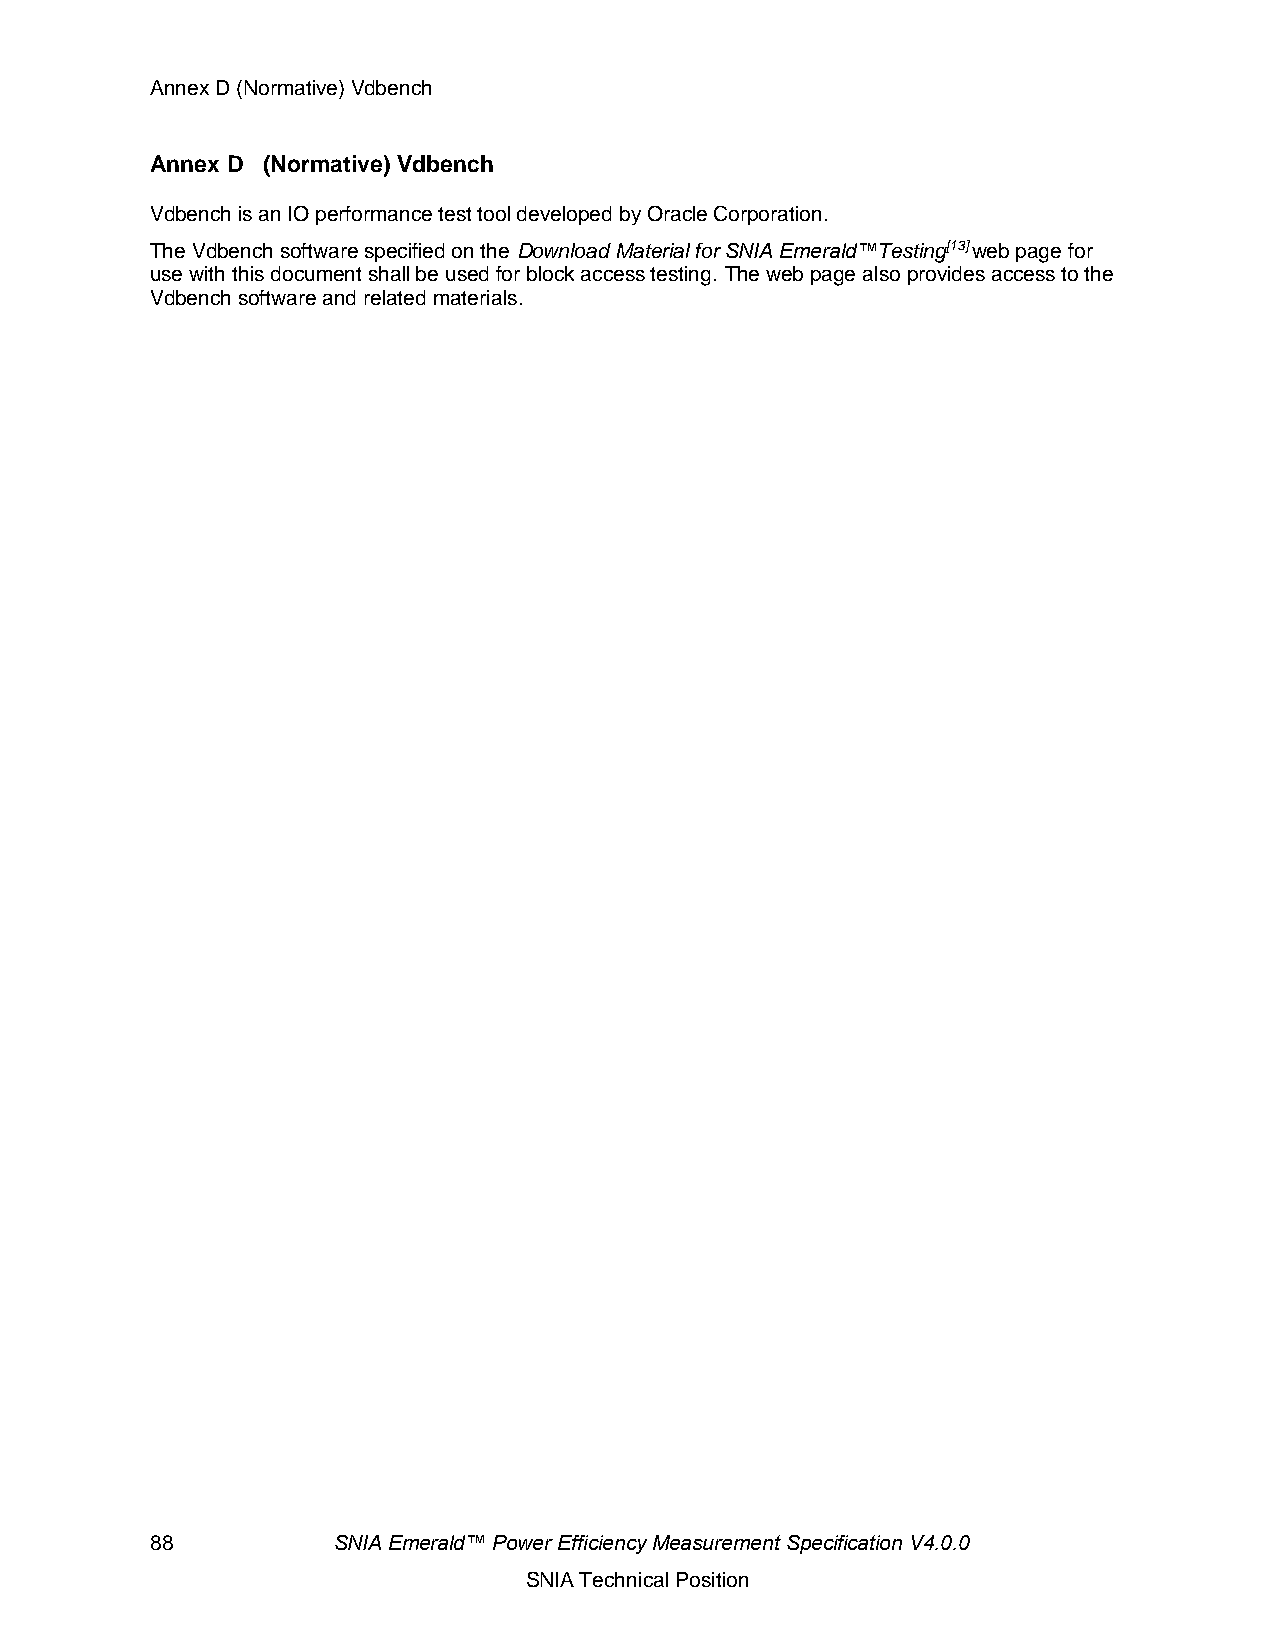
Annex D (Normative) Vdbench
 Annex D (Normative) Vdbench
 Vdbench is an IO performance test tool developed by Oracle Corporation.
 The Vdbench software specified on the Download Material for SNIA Emerald™Testing[13] web page for
 use with this document shall be used for block access testing. The web page also provides access to the
 Vdbench software and related materials.
 88          SNIA Emerald™ Power Efficiency Measurement Specification V4.0.0
 SNIA Technical Position